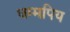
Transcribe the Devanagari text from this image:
धम्मपिय